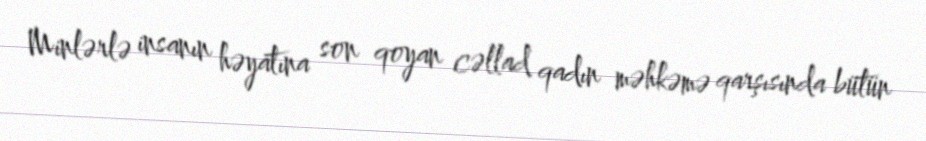
Minlərlə insanın həyatına son qoyan cəllad qadın məhkəmə qarşısında bütün